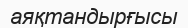
аяқтандырғысы